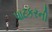
પાટકરની